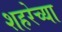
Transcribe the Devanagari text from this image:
शहरेच्या